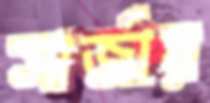
সার্জার